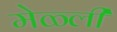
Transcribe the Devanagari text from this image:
मेळ्ली